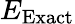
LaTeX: E_{\mathrm{Exact}}